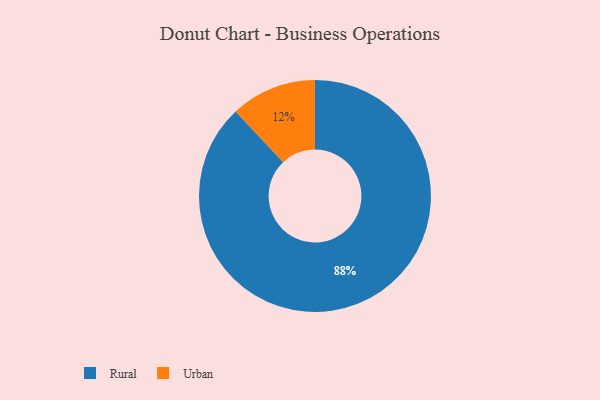
{"axis": {"x": "Category", "y": "Percentage"}, "legend": ["Rural", "Urban"], "data": [{"x": "Urban", "y": 12, "type": "Urban"}, {"x": "Rural", "y": 88, "type": "Rural"}]}